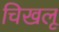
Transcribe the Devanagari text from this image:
चिखलू